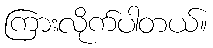
ကြားလိုက်ပါတယ်။